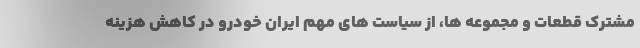
مشترک قطعات و مجموعه ها، از سیاست های مهم ایران خودرو در کاهش هزینه